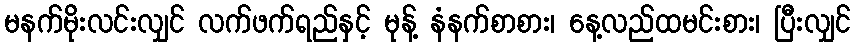
မနက်မိုးလင်းလျှင် လက်ဖက်ရည်နှင့် မုန့် နံနက်စာစား၊ နေ့လည်ထမင်းစား၊ ပြီးလျှင်